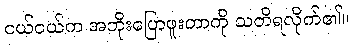
ငယ်ငယ်က အဘိုးပြောဖူးတာကို သတိရလိုက်၏။